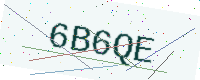
Text: 6B6QE